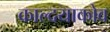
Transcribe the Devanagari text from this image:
काल्दयाकोव